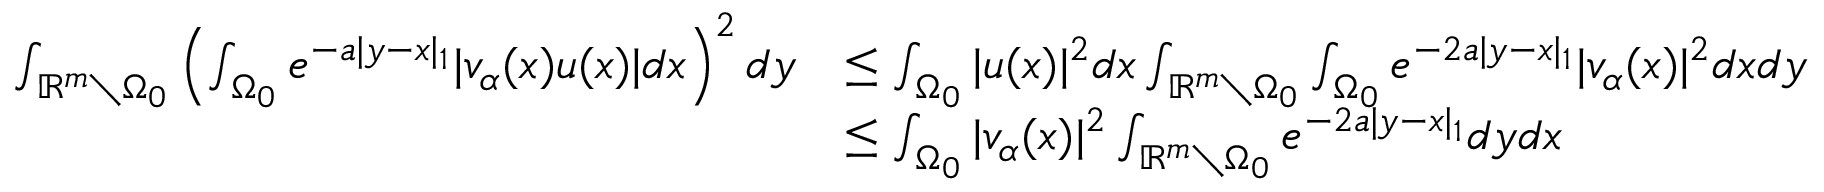
\begin{array} { r l } { \int _ { \mathbb { R } ^ { m } \setminus { \Omega _ { 0 } } } \left( \int _ { \Omega _ { 0 } } e ^ { - a | y - x | _ { 1 } } | v _ { \alpha } ( x ) u ( x ) | d x \right) ^ { 2 } d y } & { \leq \int _ { \Omega _ { 0 } } | u ( x ) | ^ { 2 } d x \int _ { \mathbb { R } ^ { m } \setminus { \Omega _ { 0 } } } \int _ { \Omega _ { 0 } } e ^ { - 2 a | y - x | _ { 1 } } | v _ { \alpha } ( x ) | ^ { 2 } d x d y } \\ & { \leq \int _ { \Omega _ { 0 } } | v _ { \alpha } ( x ) | ^ { 2 } \int _ { \mathbb { R } ^ { m } \setminus { \Omega _ { 0 } } } e ^ { - 2 a | y - x | _ { 1 } } d y d x } \end{array}